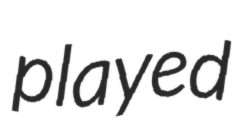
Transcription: played